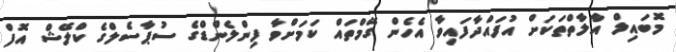
މޮބައިލް އާލާތްތަކަށް އުފައްދާފައިވާ އެހެން ގޭމްތައް ކަމަށްވާ ފިންލެންޑްގެ ސުޕާސެލްގެ ކްލޭޝް އޮފް